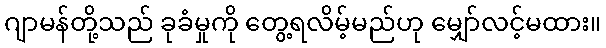
ဂျာမန်တို့သည် ခုခံမှုကို တွေ့ရလိမ့်မည်ဟု မျှော်လင့်မထား။